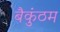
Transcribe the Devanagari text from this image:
बैकुंठम